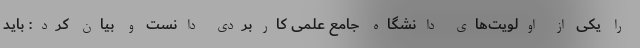
را یکی از اولویت‌های دانشگاه جامع علمی کاربردی دانست و بیان کرد: باید